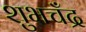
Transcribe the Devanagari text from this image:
शुभचँद्र